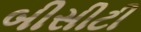
બીસીટી